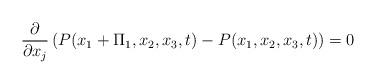
LaTeX: \begin{align*}\frac{\partial}{\partial x_j}\left(P(x_1+\Pi_1,x_2,x_3,t)-P(x_1,x_2,x_3,t)\right)=0\end{align*}